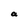
Character: a